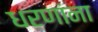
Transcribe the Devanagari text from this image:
धरणांना